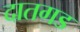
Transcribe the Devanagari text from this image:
दातगड